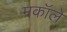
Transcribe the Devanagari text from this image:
मकॉले